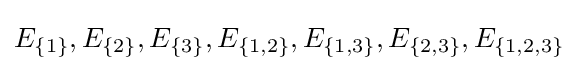
E_{\{1\}},E_{\{2\}},E_{\{3\}},E_{\{1,2\}},E_{\{1,3\}},E_{\{2,3\}},E_{\{1,2,3\}}